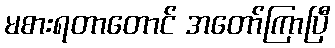
မစားရတာတောင် အတော်ကြာပြီ